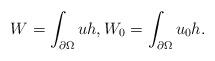
LaTeX: \begin{align*}W=\int_{\partial\Omega}u h,W_0=\int_{\partial\Omega}u_0 h.\end{align*}